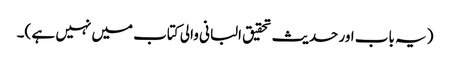
(یہ باب اور حدیث تحقیق البانی والی کتاب میں نہیں ہے )۔